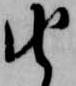
由